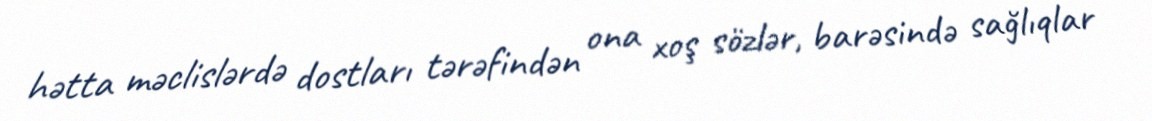
hətta məclislərdə dostları tərəfindən ona xoş sözlər, barəsində sağlıqlar